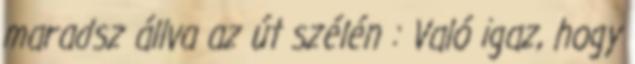
maradsz állva az út szélén : Való igaz, hogy